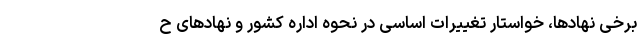
برخی نهادها، خواستار تغییرات اساسی در نحوه اداره کشور و نهادهای ح